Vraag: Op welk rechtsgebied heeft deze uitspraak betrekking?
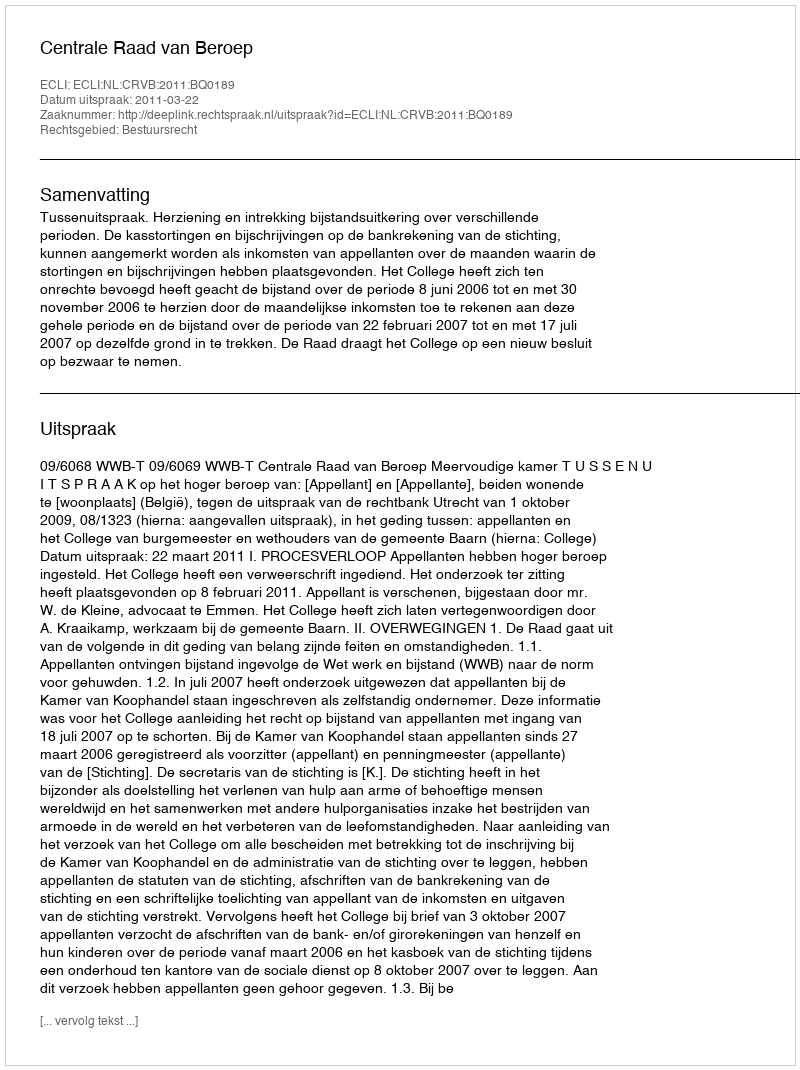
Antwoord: Bestuursrecht